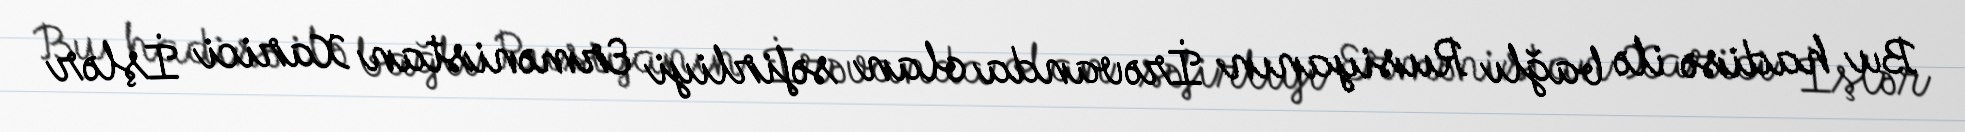
Bu hadisə ilə bağlı Rusiyanın İrəvanda olan səfirliyi Ermənistan Xarici İşlər